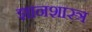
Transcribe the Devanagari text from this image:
ज्ञानशास्त्र